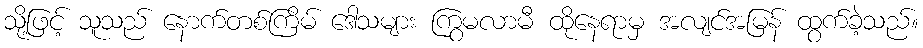
သို့ဖြင့် သူသည် နောက်တစ်ကြိမ် ဒေါသများ ကြွမလာမီ ထိုနေရာမှ အလျင်အမြန် ထွက်ခဲ့သည်။